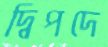
দ্বিপদে